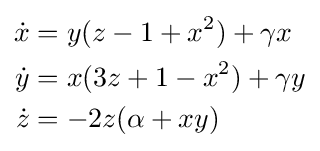
{\begin{aligned}{\dot {x}}&=y(z-1+x^{2})+\gamma x\\{\dot {y}}&=x(3z+1-x^{2})+\gamma y\\{\dot {z}}&=-2z(\alpha +xy)\end{aligned}}